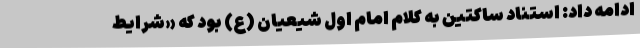
ادامه داد: استناد ساکتین به کلام امام اول شیعیان (ع) بود که «شرایط